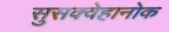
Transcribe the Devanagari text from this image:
सुसक्वेहानोक